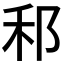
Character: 𮂰